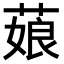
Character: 𦷄